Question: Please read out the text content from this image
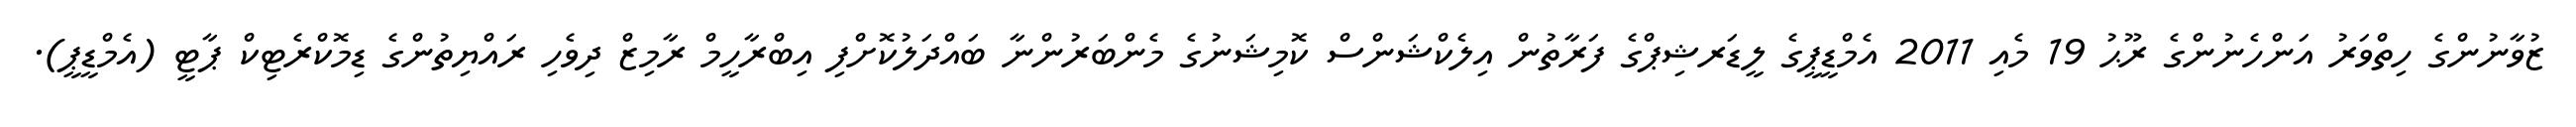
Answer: ޒުވާނުންގެ ހިތްވަރު އަންހެނުންގެ ރޫޙު 19 މެއި 2011 އެމްޑީޕީގެ ލީޑަރޝިޕްގެ ފަރާތުން އިލެކްޝަންސް ކޮމިޝަނުގެ މެންބަރުންނާ ބައްދަލުކޮށްފި އިބްރާހީމް ރާމިޒް ދިވެހި ރައްޔިތުންގެ ޑިމޮކްރެޓިކް ޕާޓީ (އެމްޑީޕީ).